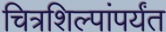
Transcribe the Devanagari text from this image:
चित्रशिल्पांपर्यंत